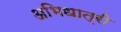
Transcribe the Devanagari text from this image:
अभिधात्री